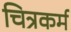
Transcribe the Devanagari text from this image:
चित्रकर्म